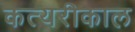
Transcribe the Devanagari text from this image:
कत्यरीकाल